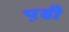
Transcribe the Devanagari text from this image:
प़ढी